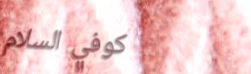
كوفي السلام